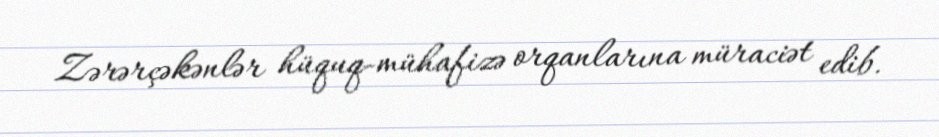
Zərərçəkənlər hüquq-mühafizə orqanlarına müraciət edib.